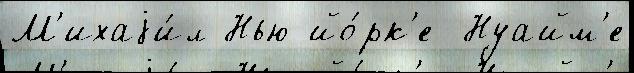
М'ихаjи́л Нью-йо́рк'е  Нуайм'е